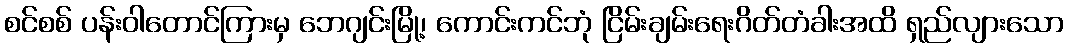
စင်စစ် ပန်းဝါတောင်ကြားမှ ဘေဂျင်းမြို့၊ ကောင်းကင်ဘုံ ငြိမ်းချမ်းရေးဂိတ်တံခါးအထိ ရှည်လျားသော